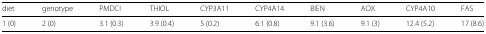
| diet | genotype | PMDCI | THIOL | CYP3A11 | CYP4A14 | BIEN | AOX | CYP4A10 | FAS |
 | --- | --- | --- | --- | --- | --- | --- | --- | --- | --- |
 | 1 (0) | 2 (0) | 3.1 (0.3) | 3.9 (0.4) | 5 (0.2) | 6.1 (0.8) | 9.1 (3.6) | 9.1 (3) | 12.4 (5.2) | 17 (8.6) |